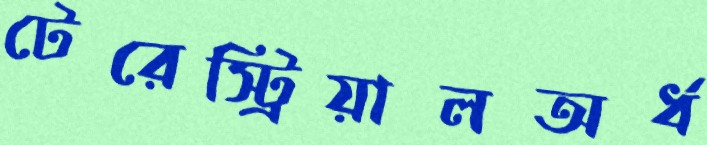
টেরেস্ট্রিয়ালঅর্ধ